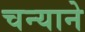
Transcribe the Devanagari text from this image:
चन्याने